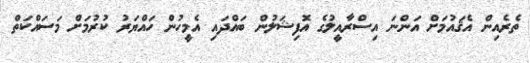
ތެރެއިން އެޤައުމަށް އަންނަ އިސްރާއީލުގެ އޮފިޝަލުން ބައްދައި އެމީހުން ހައްޔަރު ކުރުމަށް މަސައްކަތް